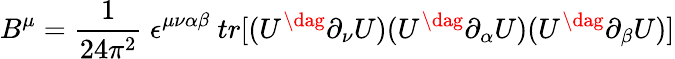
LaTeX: B^{\mu}=\frac{1}{24\pi^{2}}~\epsilon^{\mu\nu\alpha\beta}~tr[(U^{\dag}\partial_{\nu}U)(U^{\dag}\partial_{\alpha}U)(U^{\dag}\partial_{\beta}U)]